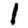
Digit: 1